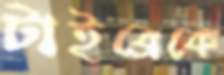
টাইব্রেকে